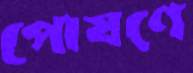
পোষণে